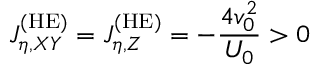
J _ { \eta , X Y } ^ { \mathrm { ( H E ) } } = J _ { \eta , Z } ^ { \mathrm { ( H E ) } } = - \frac { 4 v _ { 0 } ^ { 2 } } { U _ { 0 } } > 0